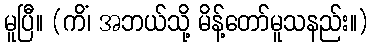
မူပြီ။ (ကိံ၊ အဘယ်သို့ မိန့်တော်မူသနည်း။)